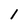
Character: 1